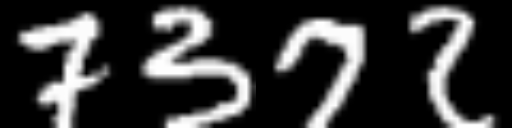
Text: 7372